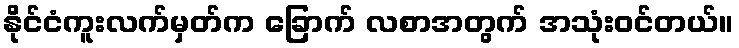
နိုင်ငံကူးလက်မှတ်က ခြောက် လစာအတွက် အသုံးဝင်တယ်။